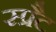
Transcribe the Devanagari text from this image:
स्प्रैट